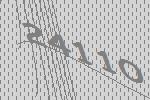
24110